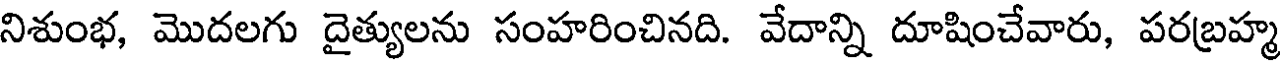
నిశుంభ, మొదలగు దైత్యులను సంహరించినది. వేదాన్ని దూషించేవారు, పరబ్రహ్మ